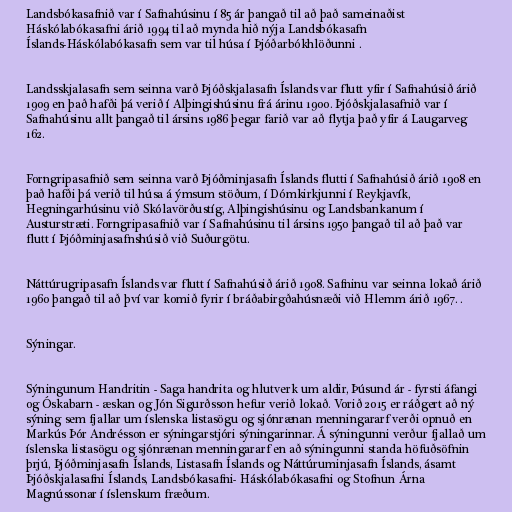
Landsbókasafnið var í Safnahúsinu í 85 ár þangað til að það sameinaðist
Háskólabókasafni árið 1994 til að mynda hið nýja Landsbókasafn
Íslands-Háskólabókasafn sem var til húsa í Þjóðarbókhlöðunni .

Landsskjalasafn sem seinna varð Þjóðskjalasafn Íslands var flutt yfir í Safnahúsið árið
1909 en það hafði þá verið í Alþingishúsinu frá árinu 1900. Þjóðskjalasafnið var í
Safnahúsinu allt þangað til ársins 1986 þegar farið var að flytja það yfir á Laugarveg
162.

Forngripasafnið sem seinna varð Þjóðminjasafn Íslands flutti í Safnahúsið árið 1908 en
það hafði þá verið til húsa á ýmsum stöðum, í Dómkirkjunni í Reykjavík,
Hegningarhúsinu við Skólavörðustíg, Alþingishúsinu og Landsbankanum í
Austurstræti. Forngripasafnið var í Safnahúsinu til ársins 1950 þangað til að það var
flutt í Þjóðminjasafnshúsið við Suðurgötu.

Náttúrugripasafn Íslands var flutt í Safnahúsið árið 1908. Safninu var seinna lokað árið
1960 þangað til að því var komið fyrir í bráðabirgðahúsnæði við Hlemm árið 1967. .

Sýningar.

Sýningunum Handritin - Saga handrita og hlutverk um aldir, Þúsund ár - fyrsti áfangi
og Óskabarn - æskan og Jón Sigurðsson hefur verið lokað. Vorið 2015 er ráðgert að ný
sýning sem fjallar um íslenska listasögu og sjónrænan menningararf verði opnuð en
Markús Þór Andrésson er sýningarstjóri sýningarinnar. Á sýningunni verður fjallað um
íslenska listasögu og sjónrænan menningararf en að sýningunni standa höfuðsöfnin
þrjú, Þjóðminjasafn Íslands, Listasafn Íslands og Náttúruminjasafn Íslands, ásamt
Þjóðskjalasafni Íslands, Landsbókasafni- Háskólabókasafni og Stofnun Árna
Magnússonar í íslenskum fræðum.